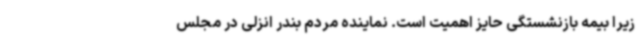
زیرا بیمه بازنشستگی حایز اهمیت است. نماینده مردم بندر انزلی در مجلس